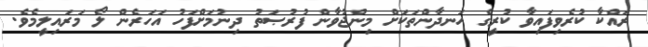
ރައްކާ ކުރެވިފައިވާ ކުރީގެ ހަނދާންތަކަށް މިންޖުވާން ފުރުޞަތު ދިނުމަށްފަހު އަހަރެން ލޯ މަރައިލީމެވެ.